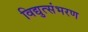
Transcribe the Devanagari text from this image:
विद्युत्संभरण